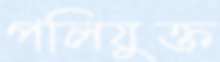
পলিযুক্ত